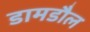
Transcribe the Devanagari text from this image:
डामडौल